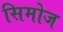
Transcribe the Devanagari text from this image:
सिमोज